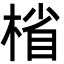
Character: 㮐